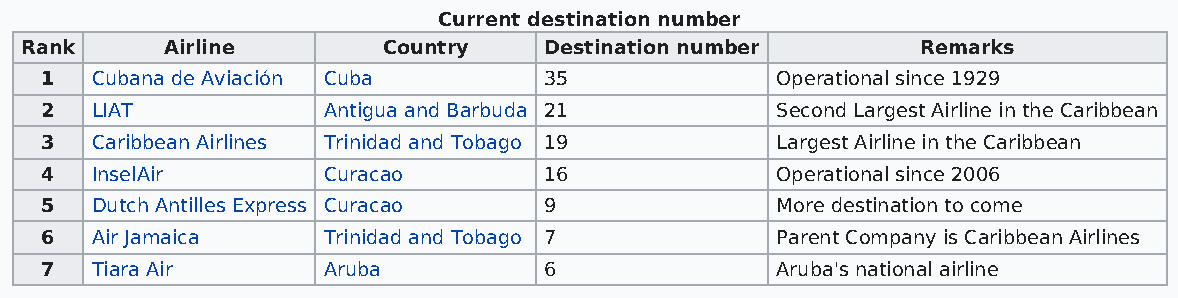
Current destination number
 Rank      Airline       Country    Destination number       Remarks
 1  Cubana de Aviación Cuba       35             Operational since 1929
 2  LIAT           Antigua and Barbuda 21        Second Largest Airline in the Caribbean
 3  Caribbean Airlines Trinidad and Tobago 19    Largest Airline in the Caribbean
 4  InselAir       Curacao        16             Operational since 2006
 5  Dutch Antilles Express Curacao 9             More destination to come
 6  Air Jamaica    Trinidad and Tobago 7         Parent Company is Caribbean Airlines
 7  Tiara Air      Aruba          6              Aruba's national airline